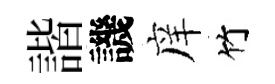
諧譏庠竹